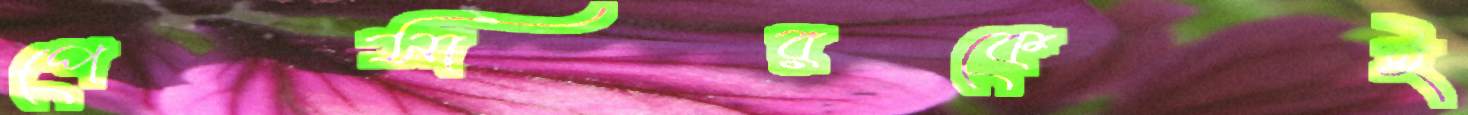
পেসারকেই